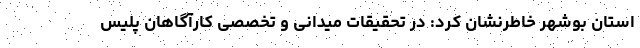
استان بوشهر خاطرنشان کرد: در تحقیقات میدانی و تخصصی کارآگاهان پلیس